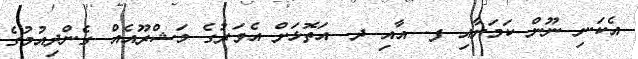
އެކަނި ނޫން ކަމަށާއި ފ. އާއި ދ. އަތޮޅަށް އެވަރުގެ މަޝްރޫއެއް ގެންދިއުމުގެ